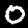
Label: 0